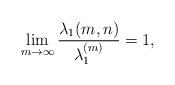
LaTeX: \begin{align*}\lim_{m\rightarrow \infty} \frac{\lambda_{1}(m,n)}{\lambda_{1}^{(m)}}=1,\end{align*}